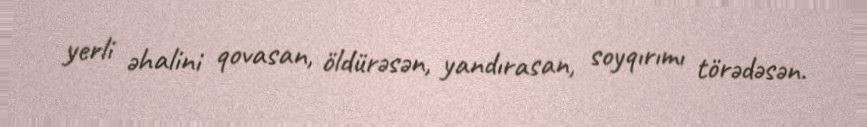
yerli əhalini qovasan, öldürəsən, yandırasan, soyqırımı törədəsən.